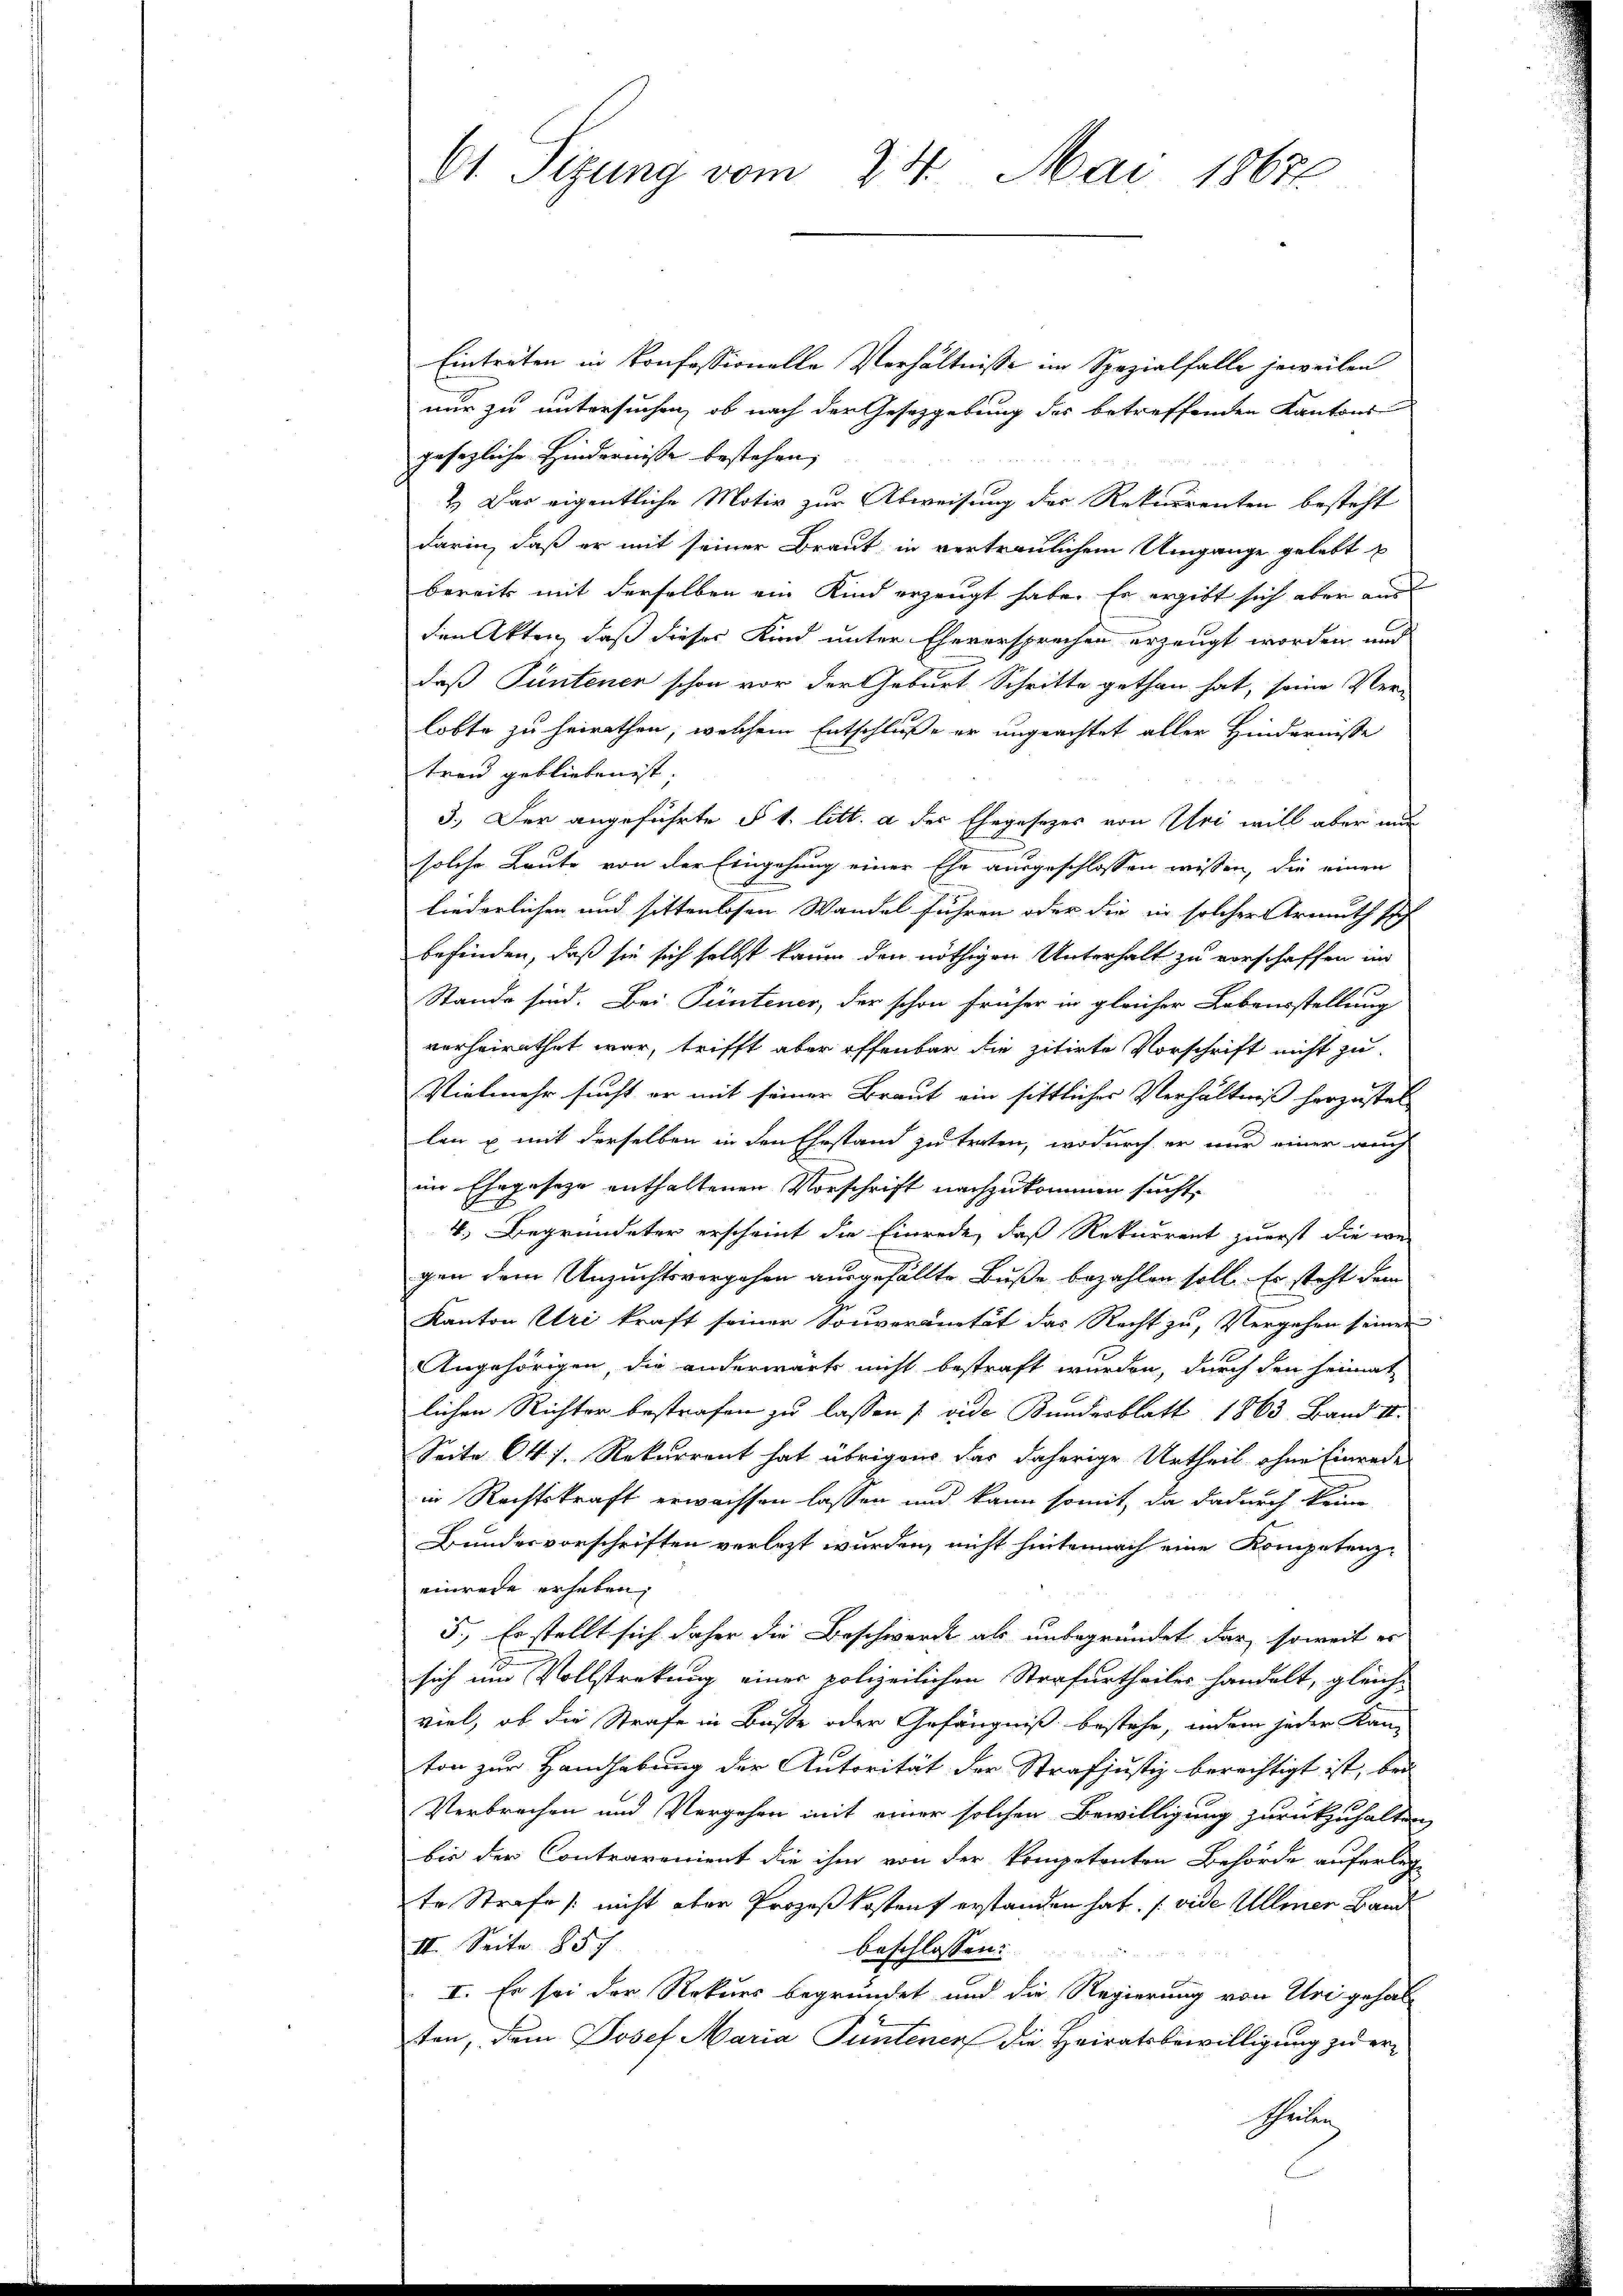
61. Sizung vom 24. Mai 1867

Eintreten in Konfessionelle Verhältnisse im Spezialfalle jeweilen
nur zu untersuchen, ob nach der Gesetzgebung des betreffenden Kantons
gesezliche Hindernisse bestehen,
2.) Das eigentliche Motiv zur Abweisung der Rekurrenten besteht
darin, daß er mit seiner Braut in vertraulichem Umgange gelebt
bereits mit derselben ein Kind erzeugt habe. Er ergibt sich aber aus
den Akten, daß dieses Kind unter Eheversprechen erzeugt worden und
daß Püntener schon vor der Geburt Schritte gethan hat, seine Ver-
lobte zu heirathen, welchem Entschluße er ungeachtet aller Hindernisse
treu geblieben ist.
3.) Der angeführte § 1. litt. a der Ehegesezes von Uri will aber mi
solche Leute von der Eingehung einer Ehe ausgeschlossen wissen, die einen
liederlichen und sittenlosen Wandel führen oder die in solcher Armuth sich
befinden, daß sie sich selbst kaum den nöthigen Unterhalt zu vorschaffen in
Stande sind. Bei Püntener, der schon früher in gleicher Lebensstellung
verheirathet war, trifft aber offenbar die zitirte Vorschrift nicht zu
Vielmehr sucht er mit seiner Braut ein sittliches Verhältniß herzustel
len u mit derselben in den Ehestand zu treten, wodurch er nur einer auch
im Ehegeseze enthaltenen Vorschrift nachzukommen sucht,
4. Begründeter erscheint die Einrede, daß Rekurrent zuerst die we-
gen dem Unzuchtsvergehen ausgefällte Buße bezahlen soll. Es steht dem
Kanton Uri kraft seiner Souveranität das Recht zu, Vergehen seiner
Angehörigen, die anderwärts nicht bestraft wurden, durch den heimat
lichen Richter bestrafen zu lassen [vide Bundesblatt 1863. Band II.
Seite 64 f. Rekurrent hat übrigens das daherige Urtheil ohne Einrede
in Rechtskraft erwachsen lassen und kann somit, da dadurch keine
Bundesvorschriften verlezt wurden, nicht hinternach eine Kompetenz-
einrede erheben,
5., Er stellt sich daher die Beschwerde als unbegründet dar, soweit er
sich um Vollstrekung einer polizeilichen Strafurtheiles handelt, gleich-
viel, ob die Strafe in Busse oder Gefängniß bestehe, indem jeder Kan-
ton zur Handhabung der Autorität der Strafjustiz berechtigt ist, bei
Verbrechen und Vergehen mit einer solchen Bewilligung zurückzuhalten
bis der Contrarenient die ihm von der kompetenten Behörde auferleg
te Strafe / nicht aber Prozeßkostens erstanden hat. (vide Ullmer Hand
II. Seite 857
beschlossen:
I. Es sei der Rekurs begründet und die Regierung von Uri gehal
ten, dem Josef Maria Funtener die Heiratsbewilligung zu er¬
Theilen